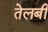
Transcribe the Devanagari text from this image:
तेलबी